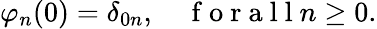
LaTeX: \begin{array}{r}{\varphi_{n}(0)=\delta_{0n},\quad\mathrm{~f~o~r~a~l~l~}n\geq 0.}\end{array}